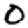
Digit: 0